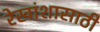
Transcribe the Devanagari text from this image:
रेखांशासाठी